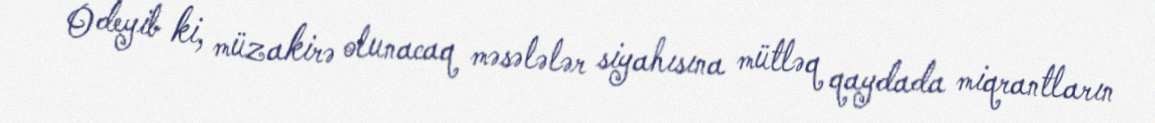
O deyib ki, müzakirə olunacaq məsələlər siyahısına mütləq qaydada miqrantların